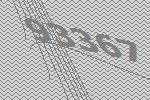
93367